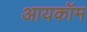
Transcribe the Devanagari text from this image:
आयकॉम